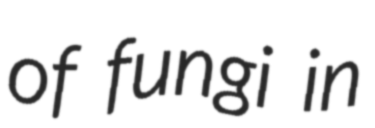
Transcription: of fungi in